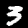
Digit: 3